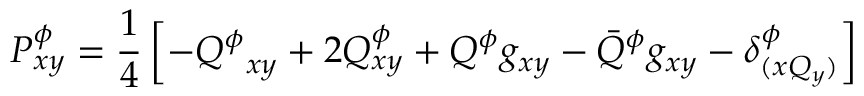
P _ { x y } ^ { \phi } = \frac { 1 } { 4 } \left[ - { Q ^ { \phi } } _ { x y } + 2 { Q _ { x y } ^ { \phi } } + { Q ^ { \phi } } g _ { x y } - \bar { Q } ^ { \phi } g _ { x y } - \delta _ { ( x Q _ { y } ) } ^ { \phi } \right]